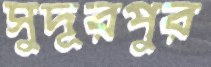
সুদূরপুর